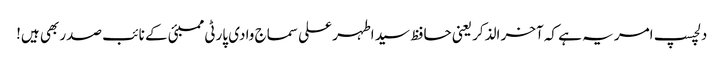
دلچسپ امر یہ ہے کہ آخر الذکر یعنی حافظ سید اطہر علی سماج وادی پارٹی ممبئی کے نائب صدر بھی ہیں!